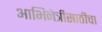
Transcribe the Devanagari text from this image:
आभिनेत्रीसाठीचा